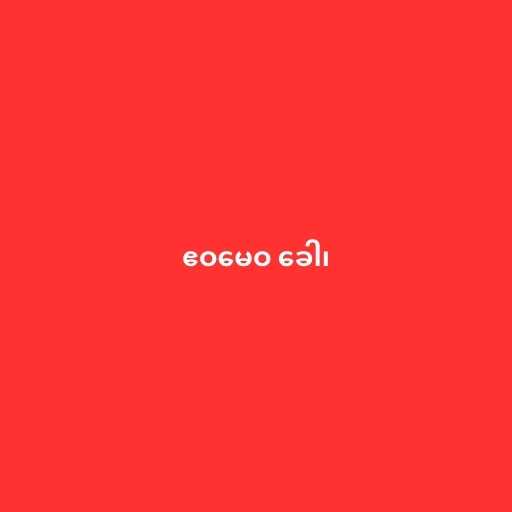
ဧဝမေဝ ခေါ၊